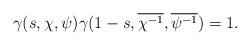
LaTeX: \begin{align*}\gamma(s,\chi,\psi)\gamma(1-s,\overline{\chi^{-1}},\overline{\psi^{-1}})=1.\end{align*}